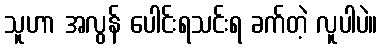
သူဟာ အလွန် ပေါင်းရသင်းရ ခက်တဲ့ လူပါပဲ။